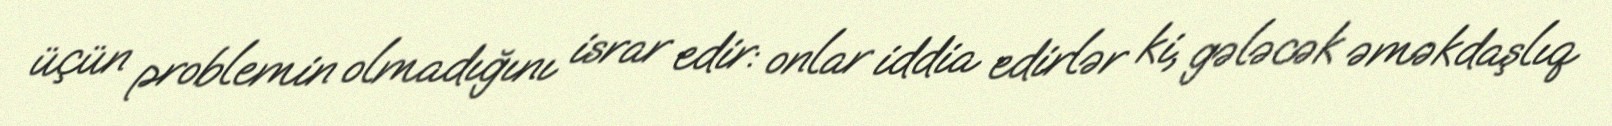
üçün problemin olmadığını israr edir: onlar iddia edirlər ki, gələcək əməkdaşlıq